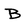
Character: B